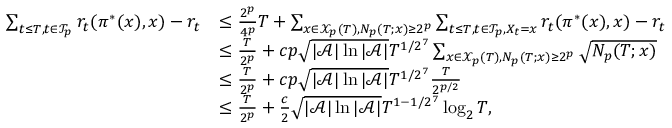
\begin{array} { r l } { \sum _ { t \leq T , t \in \mathcal { T } _ { p } } r _ { t } ( \pi ^ { * } ( x ) , x ) - r _ { t } } & { \leq \frac { 2 ^ { p } } { 4 ^ { p } } T + \sum _ { x \in \mathcal { X } _ { p } ( T ) , N _ { p } ( T ; x ) \geq 2 ^ { p } } \sum _ { t \leq T , t \in \mathcal { T } _ { p } , X _ { t } = x } r _ { t } ( \pi ^ { * } ( x ) , x ) - r _ { t } } \\ & { \leq \frac { T } { 2 ^ { p } } + c p \sqrt { | \mathcal { A } | \ln | \mathcal { A } | } T ^ { 1 / 2 ^ { 7 } } \sum _ { x \in \mathcal { X } _ { p } ( T ) , N _ { p } ( T ; x ) \geq 2 ^ { p } } \sqrt { N _ { p } ( T ; x ) } } \\ & { \leq \frac { T } { 2 ^ { p } } + c p \sqrt { | \mathcal { A } | \ln | \mathcal { A } | } T ^ { 1 / 2 ^ { 7 } } \frac { T } { 2 ^ { p / 2 } } } \\ & { \leq \frac { T } { 2 ^ { p } } + \frac { c } { 2 } \sqrt { | \mathcal { A } | \ln | \mathcal { A } | } T ^ { 1 - 1 / 2 ^ { 7 } } \log _ { 2 } T , } \end{array}